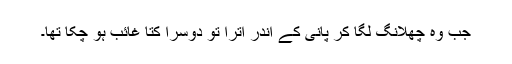
جب وہ چھلانگ لگا کر پانی کے اندر اترا تو دوسرا کتا غائب ہو چکا تھا۔